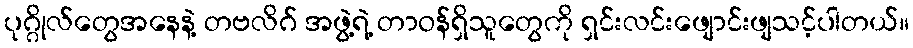
ပုဂ္ဂိုလ်တွေအနေနဲ့ တဗလိဂ် အဖွဲ့ရဲ့ တာဝန်ရှိသူတွေကို ရှင်းလင်းဖျောင်းဖျသင့်ပါတယ်။